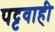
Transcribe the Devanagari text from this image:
पट्टवाही